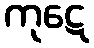
ကုဋေ